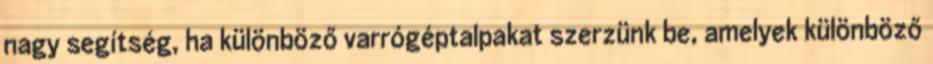
nagy segítség, ha különböző varrógéptalpakat szerzünk be, amelyek különböző